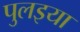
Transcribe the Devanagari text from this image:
पुलइया